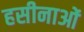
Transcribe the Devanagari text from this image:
हसीनाओं